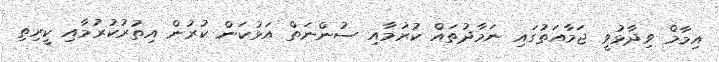
އިމާމް ވިދާޅުވީ ޖަމާއަތުގައި ނަމާދުތައް ކުރުމާއި ސުންނަތް އަޅުކަން ކުރުން އިތުރުކުރުމާއި ކީީރިތި